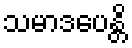
သမာဒပေန္တိ